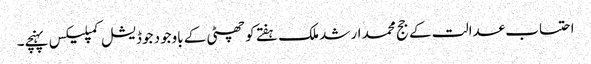
احتساب عدالت کے جج محمد ارشد ملک ہفتے کو چھٹی کے باوجود جوڈیشل کمپلیکس پہنچے۔